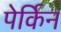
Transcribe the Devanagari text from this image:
पेर्किन